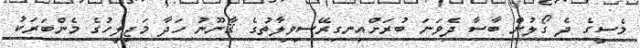
މެސީގެ ދެ ގޯލުން ބާސާ ދެވަނަ ބުރަށްއިނގިރޭސިވިލާތުގެ ޤާނޫނު ހަދާ މަޖިލީހުގެ މެންބަރަކު